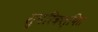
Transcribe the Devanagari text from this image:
सुपरिकल्पित